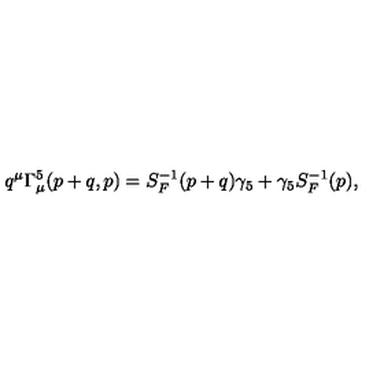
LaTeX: q ^ { \mu } \Gamma _ { \mu } ^ { 5 } ( p + q , p ) = S _ { F } ^ { - 1 } ( p + q ) \gamma _ { 5 } + \gamma _ { 5 } S _ { F } ^ { - 1 } ( p ) ,